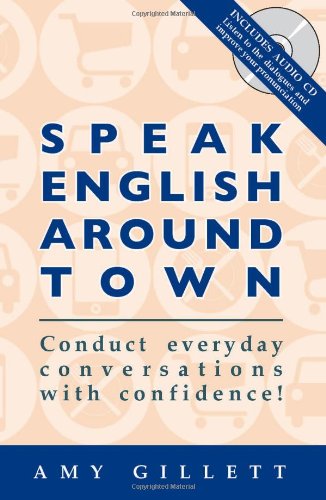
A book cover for Speak English Around Town (Book & Audio CD set); Amy Gillett; Test Preparation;